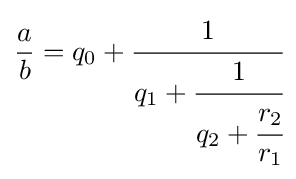
{\frac {a}{b}}=q_{0}+{\cfrac {1}{q_{1}+{\cfrac {1}{q_{2}+{\cfrac {r_{2}}{r_{1}}}}}}}